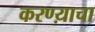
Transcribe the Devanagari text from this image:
करण्य़ाचा